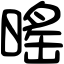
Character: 暚